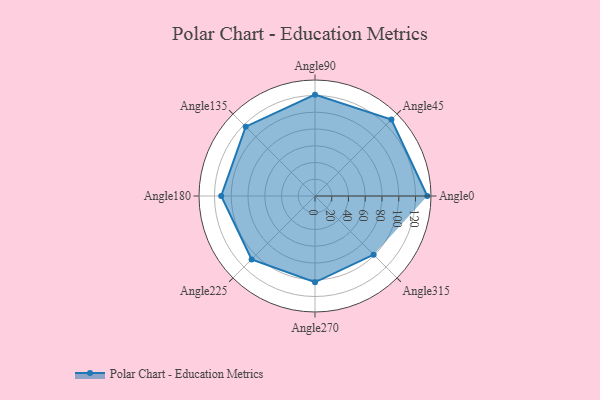
{"axis": {"x": "Angle", "y": "Radius"}, "legend": [""], "data": [{"x": "Angle0", "y": 134.0, "type": ""}, {"x": "Angle45", "y": 129.0, "type": ""}, {"x": "Angle90", "y": 121.0, "type": ""}, {"x": "Angle135", "y": 117.0, "type": ""}, {"x": "Angle180", "y": 112.0, "type": ""}, {"x": "Angle225", "y": 107.0, "type": ""}, {"x": "Angle270", "y": 103.0, "type": ""}, {"x": "Angle315", "y": 99.0, "type": ""}]}